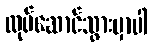
လုပ်ဆောင်သွားမှာပါ